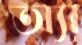
অ্যা